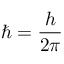
\hbar = { \frac { h } { 2 \pi } }